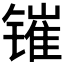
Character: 𰾰